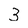
Character: 3